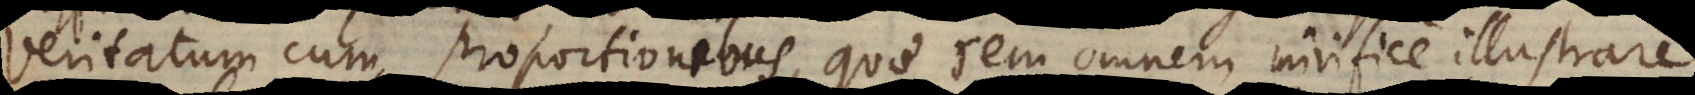
um cum proportionibus, quae rem omnem mirifice illustrare